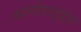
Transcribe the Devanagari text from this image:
कार्बोहाइड्रेड